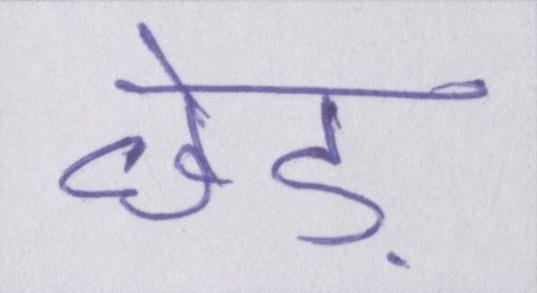
छेड़